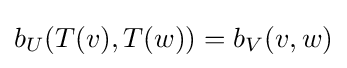
b_{U}(T(v),T(w))=b_{V}(v,w)